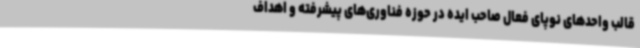
قالب واحدهای نوپای فعال صاحب ایده در حوزه فناوری‌های پیشرفته و اهداف